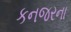
કનજરના